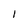
Character: l